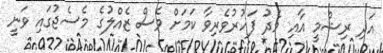
އަދި ރިޝްމީ އާއި މެދު ފަހުރުވެރިވާ ކަމަށް ވެސް ޒެއްލުގެ މެސެޖުގައި ވަނީ